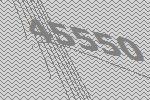
45550